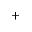
^ +